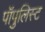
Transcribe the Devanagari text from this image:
पॉपुलिस्ट